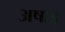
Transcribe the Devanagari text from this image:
अषाड़